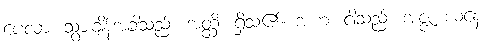
ပေလာ၊ သွားချိန်အခါသည်။ အတ္ထိ၊ ရှိသ၏။ အဟံ၊ ငါသည်။ အဇ္ဇ၊ ယနေ့။